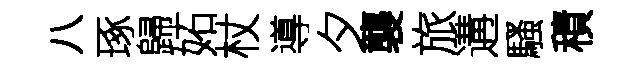
八琢歸妬杖導夕襲旅遘騷積